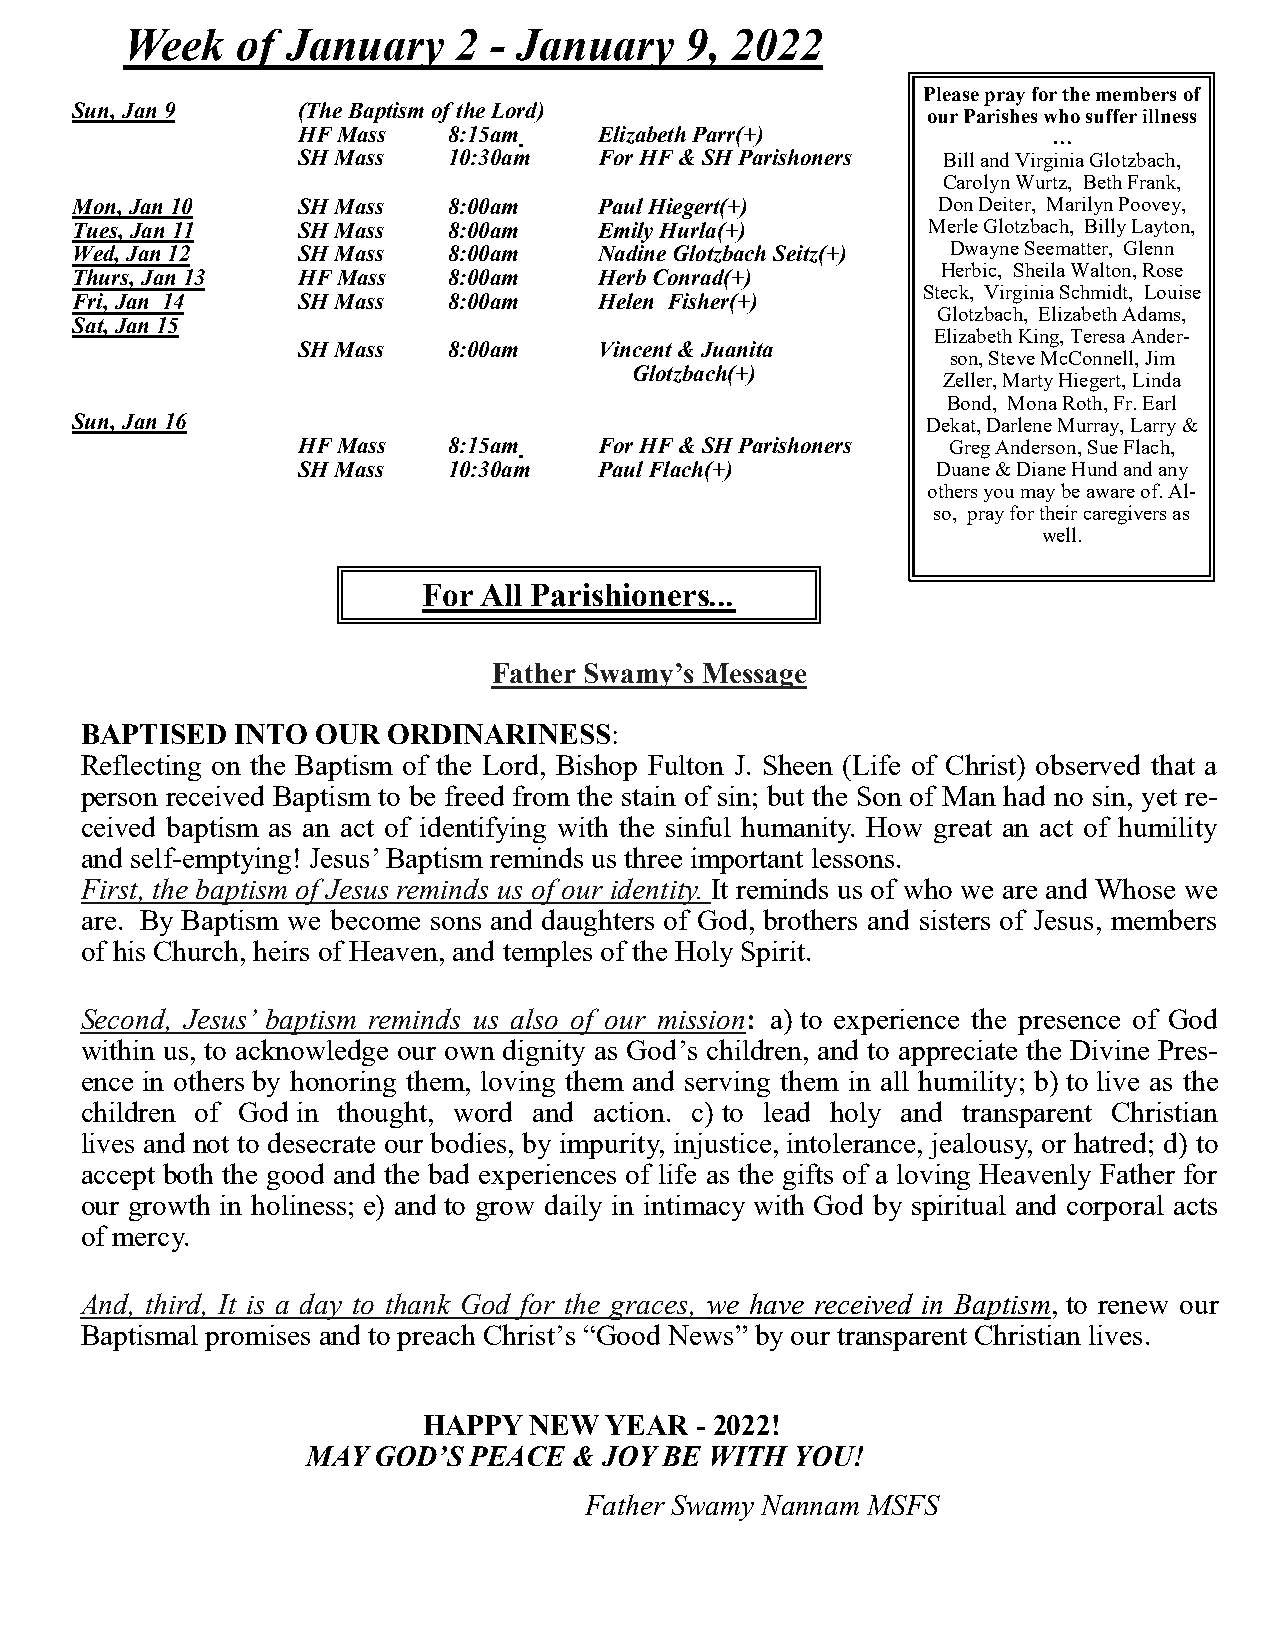
Week    of January    2 - January    9, 2022
 Please pray for the members of
 Sun, Jan 9     (The Baptism of the Lord)
 our Parishes who suffer illness
 HF Mass   8:15am    Elizabeth Parr(+)             …
 SH Mass   10:30am   For HF & SH Parishoners Bill and Virginia Glotzbach,
 Carolyn Wurtz, Beth Frank,
 Mon, Jan 10    SH Mass   8:00am    Paul Hiegert(+)       Don Deiter, Marilyn Poovey,
 Tues, Jan 11   SH Mass   8:00am    Emily Hurla(+)       Merle Glotzbach, Billy Layton,
 Wed, Jan 12    SH Mass   8:00am    Nadine Glotzbach Seitz(+) Dwayne Seematter, Glenn
 Herbic, Sheila Walton, Rose
 Thurs, Jan 13  HF Mass   8:00am    Herb Conrad(+)
 Steck, Virginia Schmidt, Louise
 Fri, Jan 14    SH Mass   8:00am    Helen Fisher(+)
 Glotzbach, Elizabeth Adams,
 Sat, Jan 15
 Elizabeth King, Teresa Ander-
 SH Mass   8:00am    Vincent & Juanita
 son, Steve McConnell, Jim
 Glotzbach(+)
 Zeller, Marty Hiegert, Linda
 Bond, Mona Roth, Fr. Earl
 Sun, Jan 16                                             Dekat, Darlene Murray, Larry &
 HF Mass   8:15am    For HF & SH Parishoners Greg Anderson, Sue Flach,
 SH Mass   10:30am   Paul Flach(+)         Duane & Diane Hund and any
 others you may be aware of. Al-
 so, pray for their caregivers as
 well.
 For All Parishioners...
 Father Swamy’s Message
 BAPTISED  INTO  OUR  ORDINARINESS:
 Reflecting on the Baptism of the Lord, Bishop Fulton J. Sheen (Life of Christ) observed that a
 person received Baptism to be freed from the stain of sin; but the Son of Man had no sin, yet re-
 ceived baptism as an act of identifying with the sinful humanity. How great an act of humility
 and self-emptying! Jesus’ Baptism reminds us three important lessons.
 First, the baptism of Jesus reminds us of our identity. It reminds us of who we are and Whose we
 are. By Baptism we become sons and daughters of God, brothers and sisters of Jesus, members
 of his Church, heirs of Heaven, and temples of the Holy Spirit.
 Second, Jesus’ baptism reminds us also of our mission: a) to experience the presence of God
 within us, to acknowledge our own dignity as God’s children, and to appreciate the Divine Pres-
 ence in others by honoring them, loving them and serving them in all humility; b) to live as the
 children of God in thought, word and action. c) to lead holy and transparent Christian
 lives and not to desecrate our bodies, by impurity, injustice, intolerance, jealousy, or hatred; d) to
 accept both the good and the bad experiences of life as the gifts of a loving Heavenly Father for
 our growth in holiness; e) and to grow daily in intimacy with God by spiritual and corporal acts
 of mercy.
 And, third, It is a day to thank God for the graces, we have received in Baptism, to renew our
 Baptismal promises and to preach Christ’s “Good News” by our transparent Christian lives.
 HAPPY  NEW  YEAR  - 2022!
 MAY  GOD’S PEACE  & JOY BE WITH  YOU!
 Father Swamy Nannam MSFS